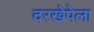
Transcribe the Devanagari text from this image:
दरखेपेला